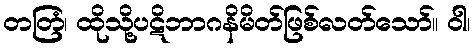
တတြံ၊ ထိုသို့ပဋိဘာဂနိမိတ်ဖြစ်လတ်သော်။ ဝါ၊